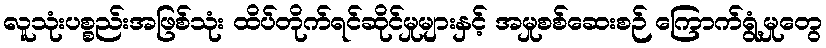
လူသုံးပစ္စည်းအဖြစ်သုံး ထိပ်တိုက်ရင်ဆိုင်မှုများနှင့် အမှုစစ်ဆေးစဉ် ကြောက်ရွံ့မှုတွေ